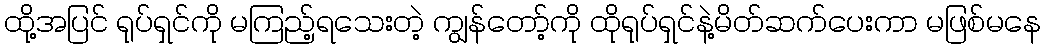
ထို့အပြင် ရုပ်ရှင်ကို မကြည့်ရသေးတဲ့ ကျွန်တော့်ကို ထိုရုပ်ရှင်နဲ့မိတ်ဆက်ပေးကာ မဖြစ်မနေ